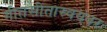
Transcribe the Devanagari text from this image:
गीतसीतास्वयंवरः